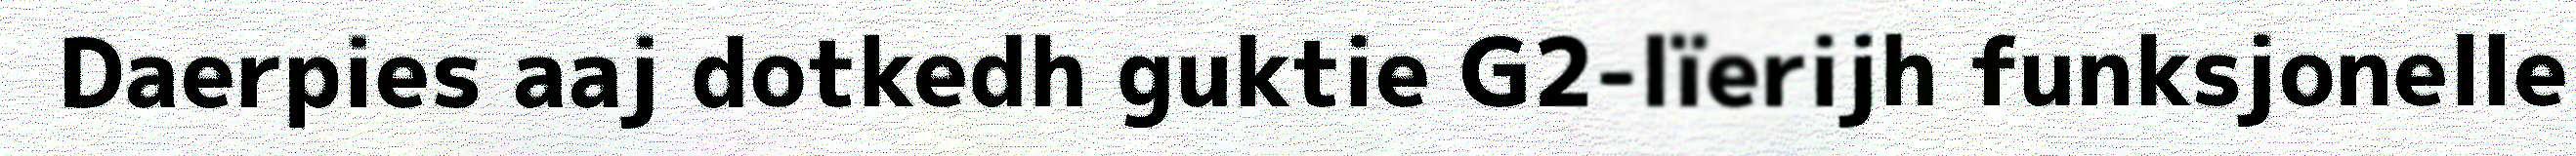
Daerpies aaj dotkedh guktie G2-lïerijh funksjonelle